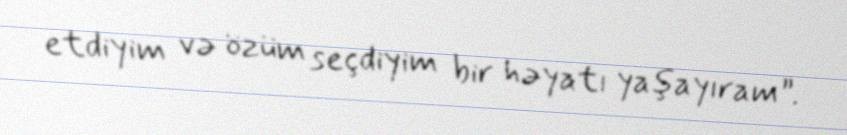
etdiyim və özüm seçdiyim bir həyatı yaşayıram”.